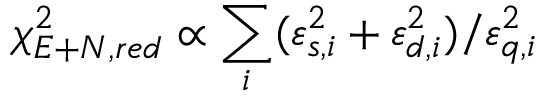
\chi _ { E + N , r e d } ^ { 2 } \propto \sum _ { i } ( \varepsilon _ { s , i } ^ { 2 } + \varepsilon _ { d , i } ^ { 2 } ) / \varepsilon _ { q , i } ^ { 2 }